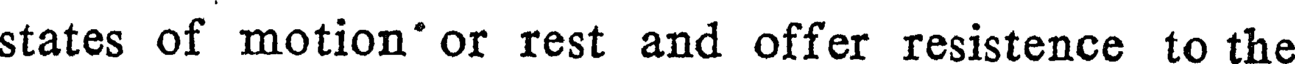
states of motion' or rest and offer resistence to the